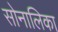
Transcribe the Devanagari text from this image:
सोनालिका